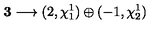
{ \bf 3 } \longrightarrow ( 2 , \chi _ { 1 } ^ { 1 } ) \oplus ( - 1 , \chi _ { 2 } ^ { 1 } )